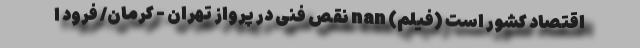
اقتصاد کشور است (فیلم) nan نقص فنی در پرواز تهران - کرمان/ فرود ا